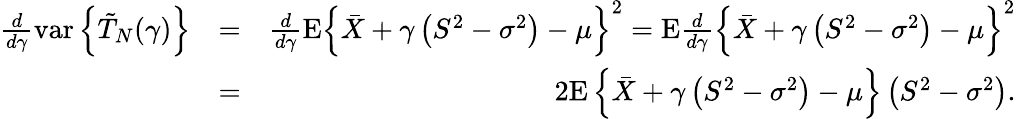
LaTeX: \begin{array}{rlr}{\frac{d}{d\gamma}\mathrm{var}\left\{ \tilde{T}_{N}(\gamma)\right\} }&{=}&{\frac{d}{d\gamma}\mathrm{E}\left\{ \bar{X}+\gamma\left(S^{2}-\sigma^{2}\right)-\mu\right\} ^{2}=\mathrm{E}\frac{d}{d\gamma}\left\{ \bar{X}+\gamma\left(S^{2}-\sigma^{2}\right)-\mu\right\} ^{2}}\\ &{=}&{2\mathrm{E}\left\{ \bar{X}+\gamma\left(S^{2}-\sigma^{2}\right)-\mu\right\} \left(S^{2}-\sigma^{2}\right).}\end{array}